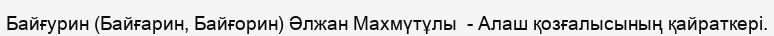
Байғурин (Байғарин, Байғорин) Әлжан Махмүтұлы  - Алаш қозғалысының қайраткері.